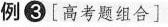
例③[高考题组合]